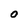
Character: O